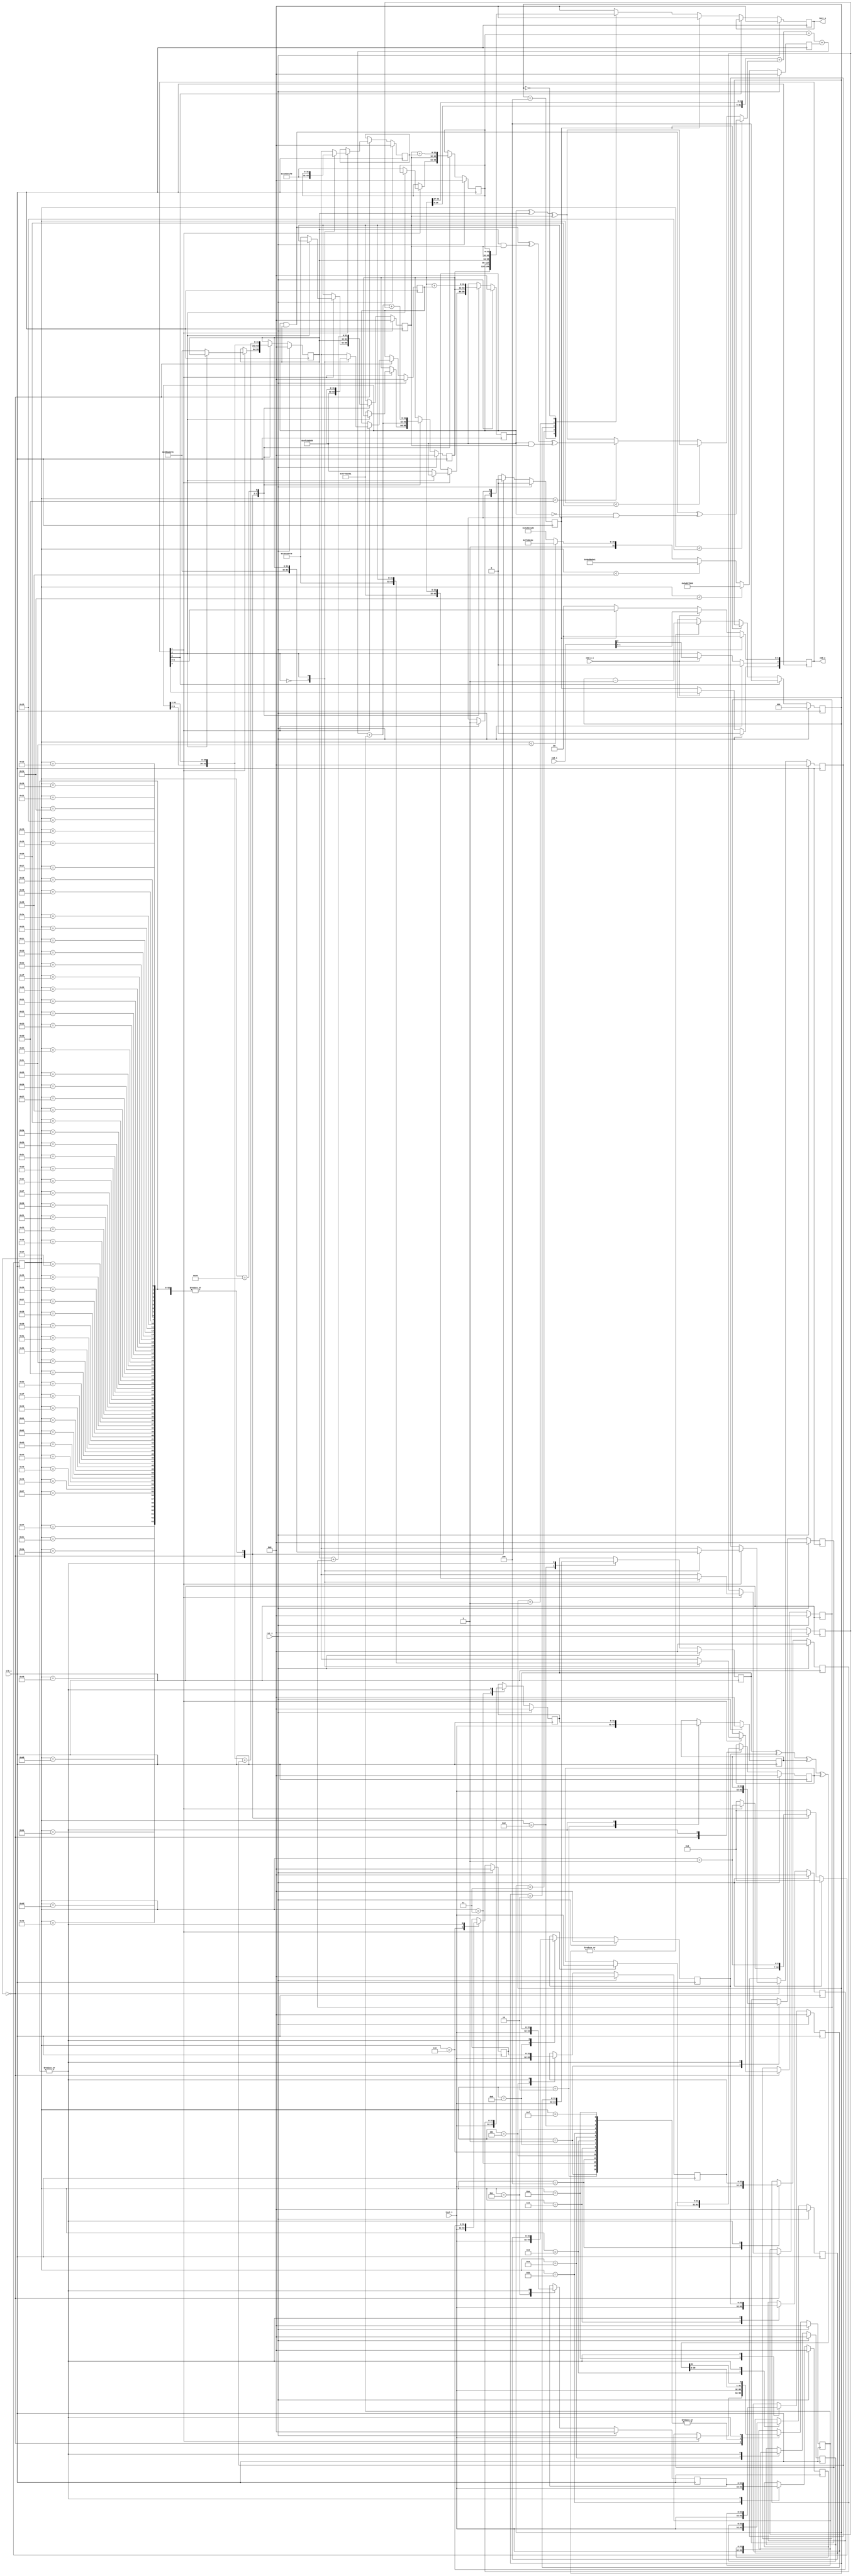
/////////////////////////////////////////////////////////////////////
////                                                             ////
////  SHA-160                                                    ////
////  Secure Hash Algorithm (SHA-160)                            ////
////                                                             ////
////          marsgod@opencores.org                              ////
////                                                             ////
////                                                             ////
////  Downloaded from: http://www.opencores.org/cores/sha_core/  ////
////                                                             ////
/////////////////////////////////////////////////////////////////////
////                                                             ////
//// Copyright (C) 2002-2004 marsgod                             ////
////                         marsgod@opencores.org               ////
////                                                             ////
////                                                             ////
//// This source file may be used and distributed without        ////
//// restriction provided that this copyright statement is not   ////
//// removed from the file and that any derivative work contains ////
//// the original copyright notice and the associated disclaimer.////
////                                                             ////
////     THIS SOFTWARE IS PROVIDED ``AS IS'' AND WITHOUT ANY     ////
//// EXPRESS OR IMPLIED WARRANTIES, INCLUDING, BUT NOT LIMITED   ////
//// TO, THE IMPLIED WARRANTIES OF MERCHANTABILITY AND FITNESS   ////
//// FOR A PARTICULAR PURPOSE. IN NO EVENT SHALL THE AUTHOR      ////
//// OR CONTRIBUTORS BE LIABLE FOR ANY DIRECT, INDIRECT,         ////
//// INCIDENTAL, SPECIAL, EXEMPLARY, OR CONSEQUENTIAL DAMAGES    ////
//// (INCLUDING, BUT NOT LIMITED TO, PROCUREMENT OF SUBSTITUTE   ////
//// GOODS OR SERVICES; LOSS OF USE, DATA, OR PROFITS; OR        ////
//// BUSINESS INTERRUPTION) HOWEVER CAUSED AND ON ANY THEORY OF  ////
//// LIABILITY, WHETHER IN  CONTRACT, STRICT LIABILITY, OR TORT  ////
//// (INCLUDING NEGLIGENCE OR OTHERWISE) ARISING IN ANY WAY OUT  ////
//// OF THE USE OF THIS SOFTWARE, EVEN IF ADVISED OF THE         ////
//// POSSIBILITY OF SUCH DAMAGE.                                 ////
////                                                             ////
/////////////////////////////////////////////////////////////////////

`define SHA1_H0 32'h67452301
`define SHA1_H1 32'hefcdab89
`define SHA1_H2 32'h98badcfe
`define SHA1_H3 32'h10325476
`define SHA1_H4 32'hc3d2e1f0

`define SHA1_K0 32'h5a827999
`define SHA1_K1 32'h6ed9eba1
`define SHA1_K2 32'h8f1bbcdc
`define SHA1_K3 32'hca62c1d6

module sha1 (clk_i, rst_i, text_i, text_o, cmd_i, cmd_w_i, cmd_o);

	input		clk_i; 	// global clock input
	input		rst_i; 	// global reset input , active high
	
	input	[31:0]	text_i;	// text input 32bit
	output	[31:0]	text_o;	// text output 32bit
	
	input	[2:0]	cmd_i;	// command input
	input		cmd_w_i;// command input write enable
	output	[3:0]	cmd_o;	// command output(status)

	/*
		cmd
		Busy Round W R

		bit3 bit2  bit1 bit0
		Busy Round W    R
		
		Busy:
		0	idle
		1	busy
		
		Round:
		0	first round
		1	internal round
		
		W:
		0       No-op
		1	write data
		
		R:
		0	No-op
		1	read data
			
	*/
	

    	reg	[3:0]	cmd;
    	wire	[3:0]	cmd_o;
    	
    	reg	[31:0]	text_o;
    	
    	reg	[6:0]	round;
    	wire	[6:0]	round_plus_1;
    	
    	reg	[2:0]	read_counter;
    	
    	reg	[31:0]	H0,H1,H2,H3,H4;
    	reg	[31:0]	W0,W1,W2,W3,W4,W5,W6,W7,W8,W9,W10,W11,W12,W13,W14;
    	reg	[31:0]	Wt,Kt;
    	reg	[31:0]	A,B,C,D,E;

    	reg		busy;
    	
    	assign cmd_o = cmd;
    	always @ (posedge clk_i)
    	begin
    		if (rst_i)
    			cmd <= 'b0;
    		else
    		if (cmd_w_i)
    			cmd[2:0] <= cmd_i[2:0];		// busy bit can't write
    		else
    		begin
    			cmd[3] <= busy;			// update busy bit
    			if (~busy)
    				cmd[1:0] <= 2'b00;	// hardware auto clean R/W bits
    		end
    	end
    	
    	// Hash functions
	wire [31:0] SHA1_f1_BCD,SHA1_f2_BCD,SHA1_f3_BCD,SHA1_Wt_1;
	wire [31:0] SHA1_ft_BCD;
	wire [31:0] next_Wt,next_A,next_C;
	wire [159:0] SHA1_result;
	
	assign SHA1_f1_BCD = (B & C) ^ (~B & D);
	assign SHA1_f2_BCD = B ^ C ^ D;
	assign SHA1_f3_BCD = (B & C) ^ (C & D) ^ (B & D);
	
	assign SHA1_ft_BCD = (round < 'd21) ? SHA1_f1_BCD : (round < 'd41) ? SHA1_f2_BCD : (round < 'd61) ? SHA1_f3_BCD : SHA1_f2_BCD;
	
    	assign SHA1_Wt_1 = {W13 ^ W8 ^ W2 ^ W0};

	assign next_Wt = {SHA1_Wt_1[30:0],SHA1_Wt_1[31]};	// NSA fix added
	assign next_A = {A[26:0],A[31:27]} + SHA1_ft_BCD + E + Kt + Wt;
	assign next_C = {B[1:0],B[31:2]};
	
	assign SHA1_result   = {A,B,C,D,E};
	
	assign round_plus_1 = round + 1;
	
	//------------------------------------------------------------------	
	// SHA round
	//------------------------------------------------------------------
	always @(posedge clk_i)
	begin
		if (rst_i)
		begin
			round <= 'd0;
			busy <= 'b0;

			W0  <= 'b0;
			W1  <= 'b0;
			W2  <= 'b0;
			W3  <= 'b0;
			W4  <= 'b0;
			W5  <= 'b0;
			W6  <= 'b0;
			W7  <= 'b0;
			W8  <= 'b0;
			W9  <= 'b0;
			W10 <= 'b0;
			W11 <= 'b0;
			W12 <= 'b0;
			W13 <= 'b0;
			W14 <= 'b0;
			Wt  <= 'b0;
			
			A <= 'b0;
			B <= 'b0;
			C <= 'b0;
			D <= 'b0;
			E <= 'b0;
			
			H0 <= 'b0;
			H1 <= 'b0;
			H2 <= 'b0;
			H3 <= 'b0;
			H4 <= 'b0;

		end
		else
		begin
			case (round)
			
			'd0:
				begin
					if (cmd[1])
					begin
						W0 <= text_i;
						Wt <= text_i;
						busy <= 'b1;
						round <= round_plus_1;
                                               	
						case (cmd[2])
							1'b0:	// sha-1 first message
								begin
									A <= `SHA1_H0;
									B <= `SHA1_H1;
									C <= `SHA1_H2;
									D <= `SHA1_H3;
									E <= `SHA1_H4;
									
									H0 <= `SHA1_H0;
									H1 <= `SHA1_H1;
									H2 <= `SHA1_H2;
									H3 <= `SHA1_H3;
									H4 <= `SHA1_H4;
								end
							1'b1:	// sha-1 internal message
								begin
									H0 <= A;
									H1 <= B;
									H2 <= C;
									H3 <= D;
									H4 <= E;
								end
						endcase
					end
					else
					begin	// IDLE
						round <= 'd0;
					end
				end
			'd1:
				begin
					W1 <= text_i;
					Wt <= text_i;
					
					E <= D;
					D <= C;
					C <= next_C;
					B <= A;
					A <= next_A;
						
					round <= round_plus_1;
				end
			'd2:
				begin
					W2 <= text_i;
					Wt <= text_i;
					
					E <= D;
					D <= C;
					C <= next_C;
					B <= A;
					A <= next_A;
						
					round <= round_plus_1;
				end
			'd3:
				begin
					W3 <= text_i;
					Wt <= text_i;
					
					E <= D;
					D <= C;
					C <= next_C;
					B <= A;
					A <= next_A;
						
					round <= round_plus_1;
				end
			'd4:
				begin
					W4 <= text_i;
					Wt <= text_i;
					
					E <= D;
					D <= C;
					C <= next_C;
					B <= A;
					A <= next_A;
						
					round <= round_plus_1;
				end
			'd5:
				begin
					W5 <= text_i;
					Wt <= text_i;
					
					E <= D;
					D <= C;
					C <= next_C;
					B <= A;
					A <= next_A;
						
					round <= round_plus_1;
				end
			'd6:
				begin
					W6 <= text_i;
					Wt <= text_i;
					
					E <= D;
					D <= C;
					C <= next_C;
					B <= A;
					A <= next_A;
						
					round <= round_plus_1;
				end
			'd7:
				begin
					W7 <= text_i;
					Wt <= text_i;
					
					E <= D;
					D <= C;
					C <= next_C;
					B <= A;
					A <= next_A;
						
					round <= round_plus_1;
				end
			'd8:
				begin
					W8 <= text_i;
					Wt <= text_i;
					
					E <= D;
					D <= C;
					C <= next_C;
					B <= A;
					A <= next_A;
						
					round <= round_plus_1;
				end
			'd9:
				begin
					W9 <= text_i;
					Wt <= text_i;
					
					E <= D;
					D <= C;
					C <= next_C;
					B <= A;
					A <= next_A;
						
					round <= round_plus_1;
				end
			'd10:
				begin
					W10 <= text_i;
					Wt <= text_i;
					
					E <= D;
					D <= C;
					C <= next_C;
					B <= A;
					A <= next_A;
						
					round <= round_plus_1;
				end
			'd11:
				begin
					W11 <= text_i;
					Wt <= text_i;
					
					E <= D;
					D <= C;
					C <= next_C;
					B <= A;
					A <= next_A;
						
					round <= round_plus_1;
				end
			'd12:
				begin
					W12 <= text_i;
					Wt <= text_i;
					
					E <= D;
					D <= C;
					C <= next_C;
					B <= A;
					A <= next_A;
						
					round <= round_plus_1;
				end
			'd13:
				begin
					W13 <= text_i;
					Wt <= text_i;
					
					E <= D;
					D <= C;
					C <= next_C;
					B <= A;
					A <= next_A;
						
					round <= round_plus_1;
				end
			'd14:
				begin
					W14 <= text_i;
					Wt <= text_i;
					
					E <= D;
					D <= C;
					C <= next_C;
					B <= A;
					A <= next_A;
						
					round <= round_plus_1;
				end
			'd15:
				begin
					Wt <= text_i;
					
					E <= D;
					D <= C;
					C <= next_C;
					B <= A;
					A <= next_A;
						
					round <= round_plus_1;
				end
			'd16,
			'd17,
			'd18,
			'd19,
			'd20,
			'd21,
			'd22,
			'd23,
			'd24,
			'd25,
			'd26,
			'd27,
			'd28,
			'd29,
			'd30,
			'd31,
			'd32,
			'd33,
			'd34,
			'd35,
			'd36,
			'd37,
			'd38,
			'd39,
			'd40,
			'd41,
			'd42,
			'd43,
			'd44,
			'd45,
			'd46,
			'd47,
			'd48,
			'd49,
			'd50,
			'd51,
			'd52,
			'd53,
			'd54,
			'd55,
			'd56,
			'd57,
			'd58,
			'd59,
			'd60,
			'd61,
			'd62,
			'd63,
			'd64,
			'd65,
			'd66,
			'd67,
			'd68,
			'd69,
			'd70,
			'd71,
			'd72,
			'd73,
			'd74,
			'd75,
			'd76,
			'd77,
			'd78,
			'd79:
				begin
					W0  <= W1;
					W1  <= W2;
					W2  <= W3;
					W3  <= W4;
					W4  <= W5;
					W5  <= W6;
					W6  <= W7;
					W7  <= W8;
					W8  <= W9;
					W9  <= W10;
					W10 <= W11;
					W11 <= W12;
					W12 <= W13;
					W13 <= W14;
					W14 <= Wt;
					Wt  <= next_Wt;
					
					E <= D;
					D <= C;
					C <= next_C;
					B <= A;
					A <= next_A;
						
					round <= round_plus_1;
				end
			'd80:
				begin
					A <= next_A + H0;
					B <= A + H1;
					C <= next_C + H2;
					D <= C + H3;
					E <= D + H4;
					round <= 'd0;
					busy <= 'b0;
				end
			default:
				begin
					round <= 'd0;
					busy <= 'b0;
				end
			endcase
		end	
	end 
	
	
	//------------------------------------------------------------------	
	// Kt generator
	//------------------------------------------------------------------	
	always @ (posedge clk_i)
	begin
		if (rst_i)
		begin
			Kt <= 'b0;
		end
		else
		begin
			if (round < 'd20)
				Kt <= `SHA1_K0;
			else
			if (round < 'd40)
				Kt <= `SHA1_K1;
			else
			if (round < 'd60)
				Kt <= `SHA1_K2;
			else
				Kt <= `SHA1_K3;
		end
	end

	//------------------------------------------------------------------	
	// read result 
	//------------------------------------------------------------------	
	always @ (posedge clk_i)
	begin
		if (rst_i)
		begin
			text_o <= 'b0;
			read_counter <= 'b0;
		end
		else
		begin
			if (cmd[0])
			begin
				read_counter <= 'd4;	// sha-1 	160/32=5
			end
			else
			begin
			if (~busy)
			begin
				case (read_counter)
					'd4:	text_o <= SHA1_result[5*32-1:4*32];
					'd3:	text_o <= SHA1_result[4*32-1:3*32];
					'd2:	text_o <= SHA1_result[3*32-1:2*32];
					'd1:	text_o <= SHA1_result[2*32-1:1*32];
					'd0:	text_o <= SHA1_result[1*32-1:0*32];
					default:text_o <= 'b0;
				endcase
				if (|read_counter)
					read_counter <= read_counter - 'd1;
			end
			else
			begin
				text_o <= 'b0;
			end
			end
		end
	end
	
endmodule